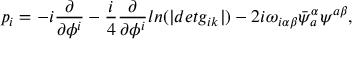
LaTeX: p _ { i } = - i \frac { \partial } { \partial \phi ^ { i } } - \frac { i } { 4 } \frac { \partial } { \partial \phi ^ { i } } l n ( | d e t g _ { i k } | ) - 2 i \omega _ { i \alpha \beta } \bar { \psi } _ { a } ^ { \alpha } \psi ^ { a \beta } ,